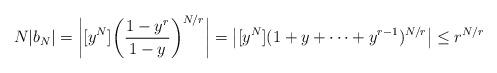
LaTeX: \begin{align*} N|b_N|= \bigg| [y^{N}]\bigg(\frac{1-y^r}{1-y}\bigg)^{N/r}\bigg|= \big| [y^{N}](1+y+\cdots+ y^{r-1})^{N/r}\big|\leq r^{N/r} \end{align*}